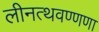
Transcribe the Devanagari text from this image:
लीनत्थवण्णणा